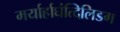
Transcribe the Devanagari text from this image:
मर्यार्हाघंत्दिलिडग